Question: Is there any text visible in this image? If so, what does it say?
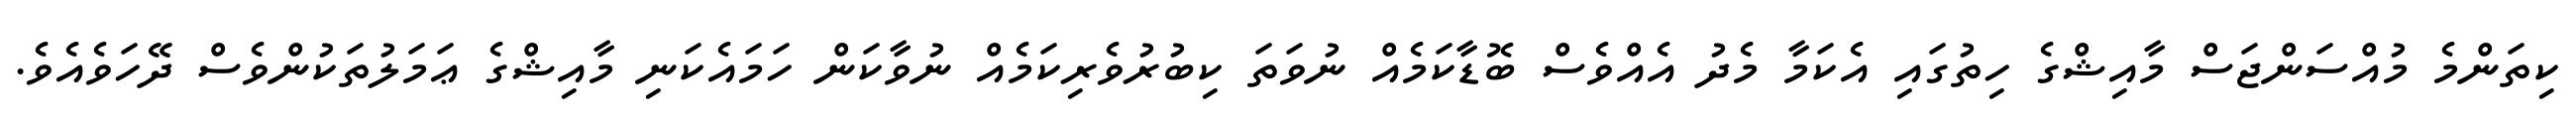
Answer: ކިތަންމެ މުއްސަންޖަސް މާއިޝްގެ ހިތުގައި އެކަމާ މެދު އެއްވެސް ބޮޑާކަމެއް ނުވަތަ ކިބުރުވެރިކަމެއް ނުވާކަން ހަމައެކަނި މާއިޝްގެ ޢަމަލުތަކުންވެސް ދޭހަވެއެވެ.